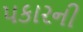
પકારની